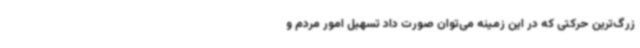
زرگ‌ترین حرکتی که در این زمینه می‌توان صورت داد تسهیل امور مردم و